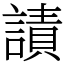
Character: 謮